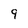
Character: 9